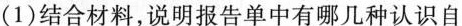
(1)结合材料，说明报告单中有哪几种认识自